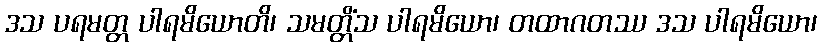
ဒသ ပရမတ္တ ပါရမိယောတိ၊ သမတ္တိံသ ပါရမိယော၊ တထာဂတဿ ဒသ ပါရမိယော၊